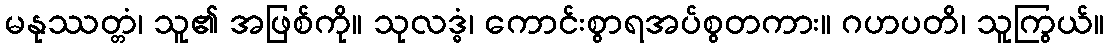
မနုဿတ္တံ၊ သူ၏ အဖြစ်ကို။ သုလဒ္ဓံ၊ ကောင်းစွာရအပ်စွတကား။ ဂဟပတိ၊ သူကြွယ်။